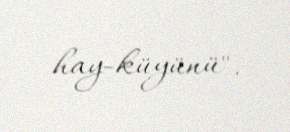
hay-küyünü".